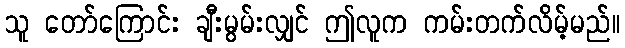
သူ တော်ကြောင်း ချီးမွမ်းလျှင် ဤလူက ကမ်းတက်လိမ့်မည်။